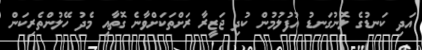
އަދި ކަނޑުގެ ލޮނުގަނޑު އުފުލުމުން ކުދި ޖަޒީރާ ރަށްތަަކަށްވާނެ ގޮތާއި މެދު ހޭލުންތެރިކަން